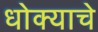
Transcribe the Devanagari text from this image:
धोक्‍याचे